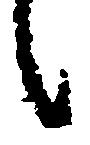
候